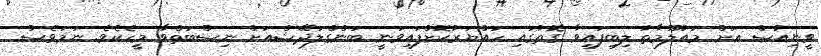
ވީނިއުސް އަށް މައުލޫމާތު ލިބިފައިވާ ގޮތުގައި ހައްޔަރުކޮށްފައިވަނީ ބަންގްލަދޭޝްއަށް ނިސްބަތްވާ މީހެކެވެ. ނަމަވެސް